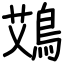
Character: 鴱